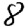
Digit: 8